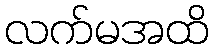
လက်မအထိ